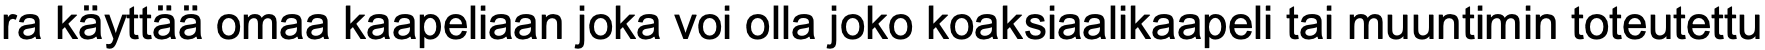
ra käyttää omaa kaapeliaan joka voi olla joko koaksiaalikaapeli tai muuntimin toteutettu